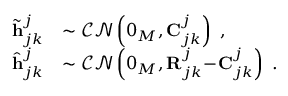
\begin{array} { r l } { \widetilde { \mathbf { h } } _ { j k } ^ { j } } & { \sim \mathcal { C N } \left( { \boldsymbol { 0 } _ { M } } , { \mathbf { C } _ { j k } ^ { j } } \right) \ , } \\ { \widehat { \mathbf { h } } _ { j k } ^ { j } } & { \sim \mathcal { C N } \left( { \boldsymbol { 0 } _ { M } } , { \mathbf { R } _ { j k } ^ { j } \! - \! \mathbf { C } _ { j k } ^ { j } } \right) \ . } \end{array}